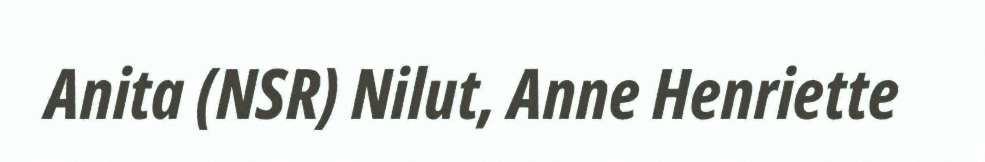
Anita (NSR) Nilut, Anne Henriette